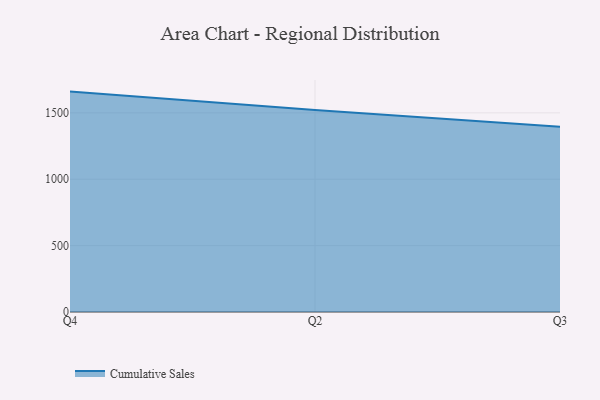
{"axis": {"x": "Quarter", "y": "Market Share (%)"}, "legend": ["Cumulative Sales"], "data": [{"x": "Q4", "y": 1660.0, "type": "Cumulative Sales"}, {"x": "Q2", "y": 1521.4, "type": "Cumulative Sales"}, {"x": "Q3", "y": 1396.1, "type": "Cumulative Sales"}]}